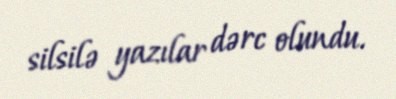
silsilə yazılar dərc olundu.